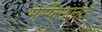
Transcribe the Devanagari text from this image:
मेम्फिसएनटी